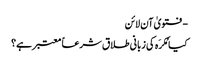
- فتویٰ آن لائن
کیا مُکرَہ کی زبانی طلاق شرعاً معتبر ہے؟